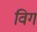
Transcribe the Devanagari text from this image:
विगं